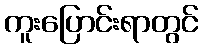
ကူးပြောင်းရာတွင်